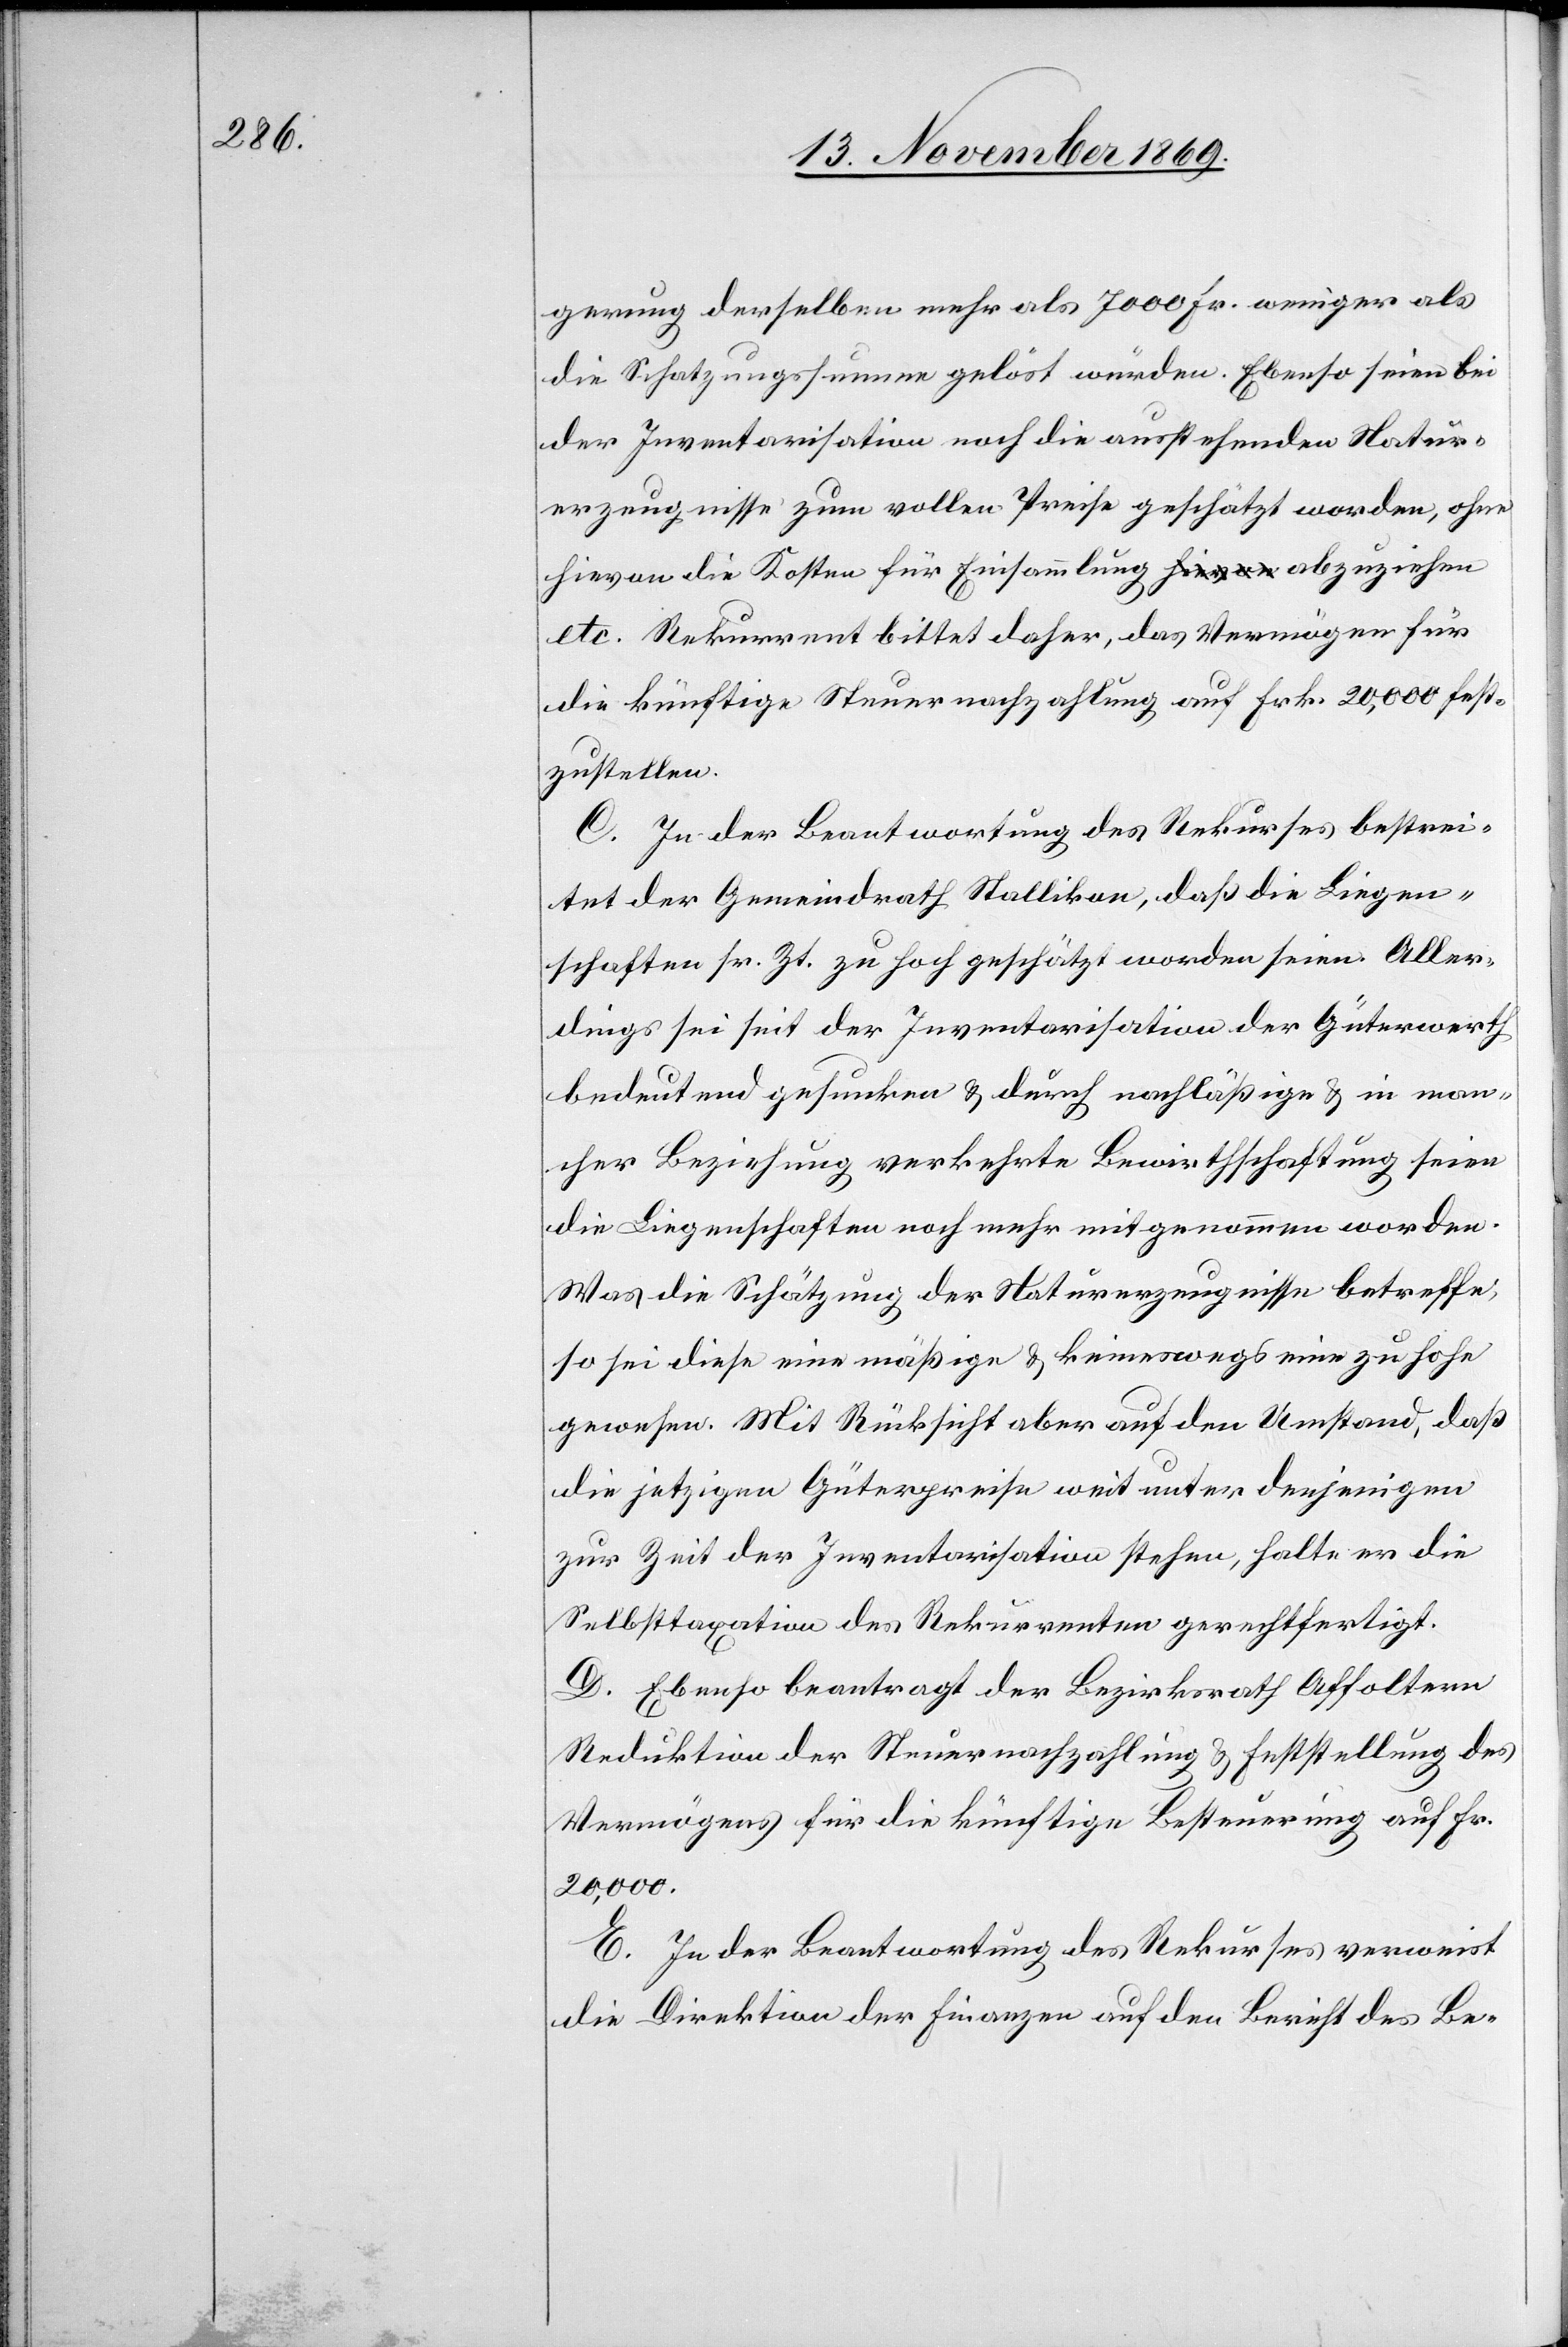
gerung derselben mehr als 7000 Fr. weniger als
die Schatzungssumme gelöst wurden. Ebenso seien bei
der Inventarisation noch die ausstehenden Natur¬
erzeugnisse zum vollen Preise geschätzt worden, ohne
hievon die Kosten für Einsammlung abzuziehen
etc. Rekurrent bittet daher, das Vermögen für
die künftige Steuernachzahlung auf Frk. 20,000 fest¬
zustellen.
C. In der Beantwortung des Rekurses bestrei¬
tet der Gemeindrath Stallikon, daß die Liegen¬
schaften sr. Zt. zu hoch geschätzt worden seien. Aller¬
dings sei seit der Inventarisation der Güterwerth
bedeutend gesunken & durch nachläßige & in man¬
cher Beziehung verkehrte Bewirthschaftung seien
die Liegenschaften noch mehr mitgenommen worden.
Was die Schätzung der Naturerzeugnisse betreffe,
so sei diese eine mäßige & keineswegs eine zu hohe
gewesen. Mit Rücksicht aber auf den Umstand, daß
die jetzigen Güterpreise weit unter denjenigen
zur Zeit der Inventarisation stehen, halte er die
Selbsttaxation des Rekurrenten gerechtfertigt.
D. Ebenso beantragt der Bezirksrath Affoltern
Reduktion der Steuernachzahlung & Feststellung des
Vermögens für die künftige Besteuerung auf Fr.
20,000.
E. In der Beantwortung des Rekurses verweist
die Direktion der Finanzen auf den Bericht des Be-